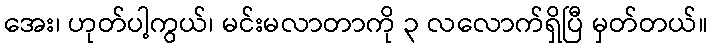
အေး၊ ဟုတ်ပါ့ကွယ်၊ မင်းမလာတာကို ၃ လလောက်ရှိပြီ မှတ်တယ်။